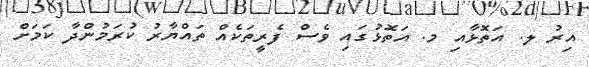
އިރު ލ. އަތޮޅާއި މ. އަތޮޅުގައި ވެސް ފެރީތަކެއް ތައްޔާރު ކުރަމުންދާ ކަމަށް